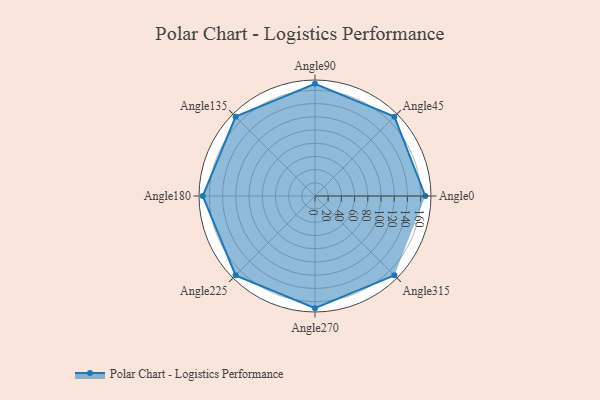
{"axis": {"x": "Angle", "y": "Radius"}, "legend": [""], "data": [{"x": "Angle0", "y": 167.0, "type": ""}, {"x": "Angle45", "y": 170, "type": ""}, {"x": "Angle90", "y": 170, "type": ""}, {"x": "Angle135", "y": 170, "type": ""}, {"x": "Angle180", "y": 170, "type": ""}, {"x": "Angle225", "y": 170, "type": ""}, {"x": "Angle270", "y": 170, "type": ""}, {"x": "Angle315", "y": 170, "type": ""}]}